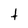
Character: t